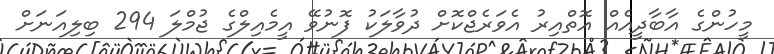
މީހުންގެ އާބާދީއެއް އޮތްއިރު އެވަރެޖްކޮށް ދުވާލަކު ފޮނުވޭ އީމެއިލްގެ ޖުމްލަ 294 ބިލިއަނަށް